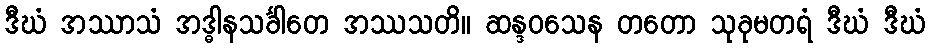
ဒီဃံ အဿာသံ အဒ္ဓါနသင်္ခါတေ အဿသတိ။ ဆန္ဒဝသေန တတော သုခုမတရံ ဒီဃံ ဒီဃံ